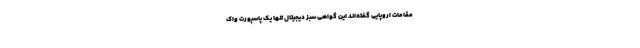
مقامات اروپایی گفته‌اند این گواهی سبز دیجیتال تنها یک پاسپورت واک